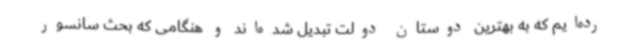
رده‌ایم که به بهترین دوستان دولت تبدیل شده‌اند و هنگامی که بحث سانسور